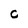
Character: c